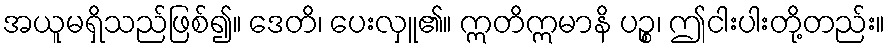
အယူမရှိသည်ဖြစ်၍။ ဒေတိ၊ ပေးလှူ၏။ ဣတိဣမာနိ ပဉ္စ၊ ဤငါးပါးတို့တည်း။